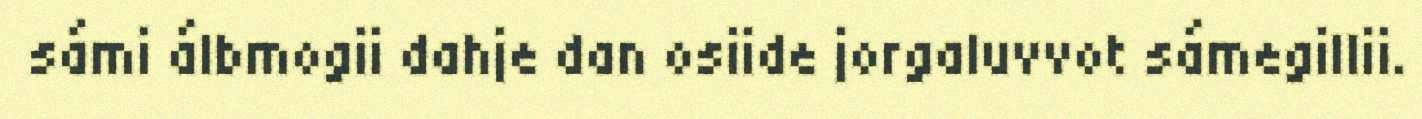
sámi álbmogii dahje dan osiide jorgaluvvot sámegillii.